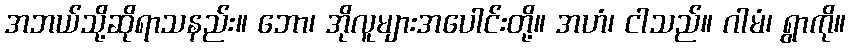
အဘယ်သို့ဆိုရာသနည်း။ ဘော၊ အိုလူများအပေါင်းတို့။ အဟံ၊ ငါသည်။ ဂါမံ၊ ရွာကို။